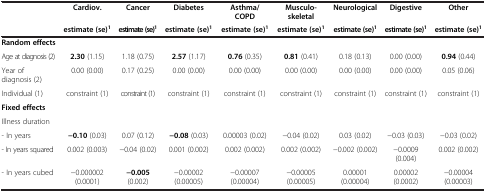
<table><thead><tr><td><b> </b></td><td><b>Cardiov.</b></td><td><b>Cancer</b></td><td><b>Diabetes</b></td><td><b>Asthma/ COPD</b></td><td><b>Musculo-skeletal</b></td><td><b>Neurological</b></td><td><b>Digestive</b></td><td><b>Other</b></td></tr><tr><td><b> </b></td><td><b>estimate (se)<sup>1</sup></b></td><td><b>estimate (se)<sup>1</sup></b></td><td><b>estimate (se)<sup>1</sup></b></td><td><b>estimate (se)<sup>1</sup></b></td><td><b>estimate (se)<sup>1</sup></b></td><td><b>estimate (se)<sup>1</sup></b></td><td><b>estimate (se)<sup>1</sup></b></td><td><b>estimate (se)<sup>1</sup></b></td></tr></thead><tbody><tr><td colspan="9"><b>Random effects</b></td></tr><tr><td>Age at diagnosis (2)</td><td><b>2.30</b> (1.15)</td><td>1.18 (0.75)</td><td><b>2.57</b> (1.17)</td><td><b>0.76</b> (0.35)</td><td><b>0.81</b> (0.41)</td><td>0.18 (0.13)</td><td>0.00 (0.00)</td><td><b>0.94</b> (0.44)</td></tr><tr><td>Year of diagnosis (2)</td><td>0.00 (0.00)</td><td>0.17 (0.25)</td><td>0.00 (0.00)</td><td>0.00 (0.00)</td><td>0.00 (0.00)</td><td>0.00 (0.00)</td><td>0.00 (0.00)</td><td>0.05 (0.06)</td></tr><tr><td>Individual (1)</td><td>constraint (1)</td><td>constraint (1)</td><td>constraint (1)</td><td>constraint (1)</td><td>constraint (1)</td><td>constraint (1)</td><td>constraint (1)</td><td>constraint (1)</td></tr><tr><td colspan="9"><b>Fixed effects</b></td></tr><tr><td colspan="9">Illness duration</td></tr><tr><td>- In years</td><td><b>−0.10</b> (0.03)</td><td>0.07 (0.12)</td><td><b>−0.08</b> (0.03)</td><td>0.00003 (0.02)</td><td>−0.04 (0.02)</td><td>0.03 (0.02)</td><td>−0.03 (0.03)</td><td>−0.03 (0.02)</td></tr><tr><td>- In years squared</td><td>0.002 (0.003)</td><td>−0.04 (0.02)</td><td>0.001 (0.002)</td><td>0.002 (0.002)</td><td>0.002 (0.002)</td><td>−0.002 (0.002)</td><td>−0.0009 (0.004)</td><td>0.002 (0.002)</td></tr><tr><td>- In years cubed</td><td>−0.000002 (0.0001)</td><td><b>−0.005</b> (0.002)</td><td>−0.00002 (0.00005)</td><td>−0.00007 (0.00004)</td><td>−0.00005 (0.00005)</td><td>0.00001 (0.00004)</td><td>0.00002 (0.0002)</td><td>−0.00004 (0.00003)</td></tr></tbody></table>